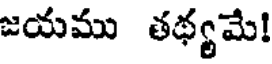
జయము తథ్యమే!